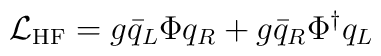
{\cal L}_{\rm HF}=g\bar{q}_L\Phi q_R+g \bar{q}_R\Phi^\dagger q_L